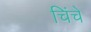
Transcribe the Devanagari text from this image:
चिंचे